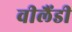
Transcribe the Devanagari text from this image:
वीलैंडी